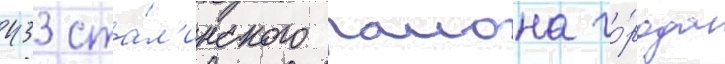
433 ста́л'инского раиона го́рода